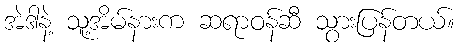
အဲဒါနဲ့ သူ့အိမ်နားက ဆရာဝန်ဆီ သွားပြန်တယ်။